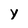
Character: y